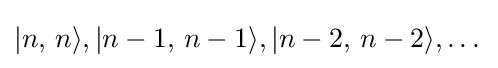
|n,\,n\rangle ,|n-1,\,n-1\rangle ,|n-2,\,n-2\rangle ,\dots